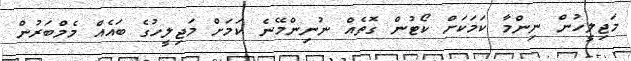
މަޖިލީހުން ނިންމާ ކަމަކަށް ކޯޓުން ގޮތެއް ނުނިންމޭނެ ކަމަށް މަޖިލީހުގެ ބައެއް މެމްބަރުން